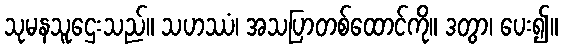
သုမနသူဌေးသည်။ သဟဿံ၊ အသပြာတစ်ထောင်ကို။ ဒတွာ၊ ပေး၍။